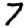
Digit: 7